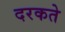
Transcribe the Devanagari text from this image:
दरकते